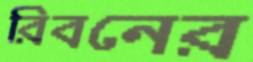
রিবনের